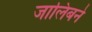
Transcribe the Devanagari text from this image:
जालिबने